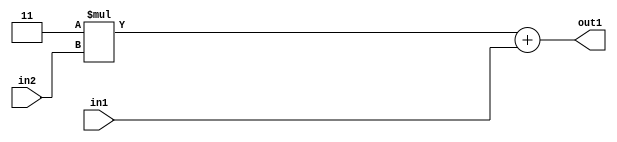
`timescale 1ps / 1ps
/*****************************************************************************
    Verilog RTL Description
    
    
    Created by: Stratus DpOpt 21.05.01 
*******************************************************************************/

module SobelFilter_Add2u2Mul2i3u2_1 (
	in2,
	in1,
	out1
	); /* architecture "behavioural" */ 
input [1:0] in2,
	in1;
output [3:0] out1;
wire [3:0] asc001;

wire [3:0] asc001_tmp_0;
assign asc001_tmp_0 = 
	+(4'B0011 * in2);
assign asc001 = asc001_tmp_0
	+(in1);

assign out1 = asc001;
endmodule

/* CADENCE  ubfwTQo= : u9/ySxbfrwZIxEzHVQQV8Q== ** DO NOT EDIT THIS LINE ******/